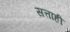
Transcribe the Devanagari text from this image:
सत्ताही